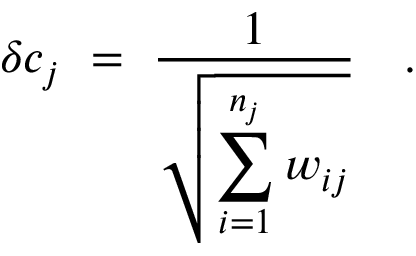
\delta c _ { j } \ = \ \frac { 1 } { \displaystyle { \sqrt { \sum _ { i = 1 } ^ { n _ { j } } w _ { i j } } } } \ \ \ .